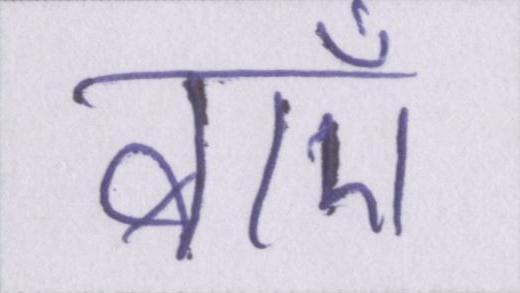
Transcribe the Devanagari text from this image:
बाएँ